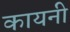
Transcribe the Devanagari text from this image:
कायनी